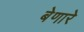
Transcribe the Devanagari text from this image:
बेणारे